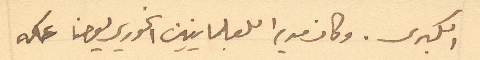
الكبرى. وكان مدير اللعلمانيين الخوري يوحنا عكه